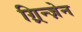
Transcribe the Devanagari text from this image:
ग़्रिन्ज़ेन